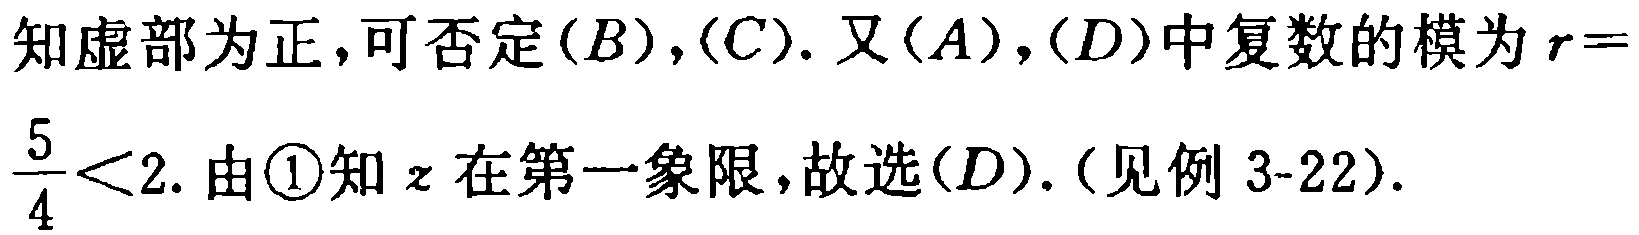
知虚部为正,可否定$(B),(C)$. 又$(A),(D)$中复数的模为$r = \frac{5}{4}<2$. 由\textcircled{1}知$z$在第一象限,故选$(D)$. (见例 3-22).